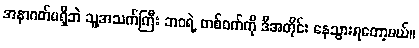
အနာဂတ်မရှိဘဲ သူ့အသက်ကြီး ဘဝရဲ့ တစ်ဝက်ကို ဒီအတိုင်း နေသွားရတော့မယ်။